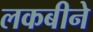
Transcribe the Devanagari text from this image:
लकबीने